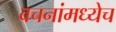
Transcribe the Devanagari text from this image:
वचनांमध्येच